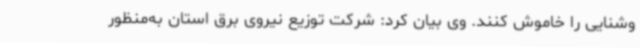
وشنایی را خاموش کنند. وی بیان کرد: شرکت توزیع نیروی برق استان به‌منظور